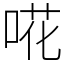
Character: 𠵅